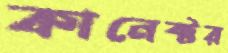
কানেক্টর